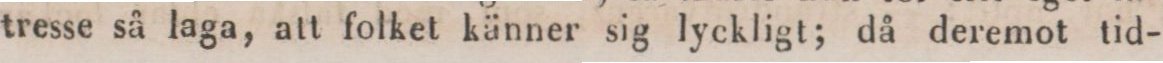
tresse så laga, att folket känner sig lyckligt; då deremot tid-